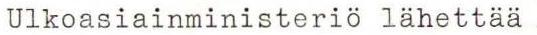
Ulkoasiainministeriö lähettää